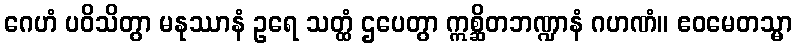
ဂေဟံ ပဝိသိတွာ မနုဿာနံ ဥရေ သတ္ထံ ဌပေတွာ ဣစ္ဆိတဘဏ္ဍာနံ ဂဟဏံ။ ဧဝမေတသ္မာ